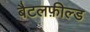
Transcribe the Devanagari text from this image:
बैटलफ़ील्ड